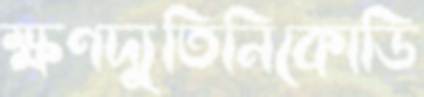
ক্ষণদ্যুতিনিকোডি